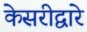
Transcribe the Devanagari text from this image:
केसरीद्वारे